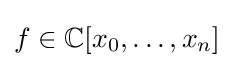
f\in \mathbb {C} [x_{0},\ldots ,x_{n}]